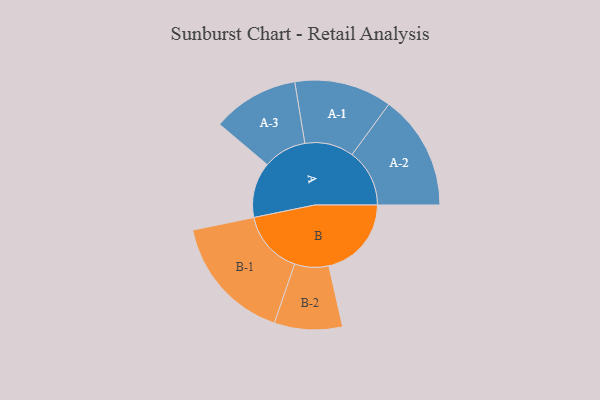
{"axis": {"x": "Segment", "y": "Value"}, "legend": ["", "A", "B"], "data": [{"x": "A", "y": 210, "type": ""}, {"x": "B", "y": 313, "type": ""}, {"x": "A-1", "y": 185, "type": "A"}, {"x": "A-2", "y": 218, "type": "A"}, {"x": "A-3", "y": 164, "type": "A"}, {"x": "B-1", "y": 241, "type": "B"}, {"x": "B-2", "y": 129, "type": "B"}]}